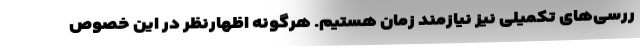
ررسی‌های تکمیلی نیز نیازمند زمان هستیم. هرگونه اظهارنظر در این خصوص